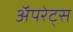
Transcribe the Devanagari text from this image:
अॅपरेट्स